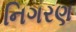
નિગરણ